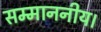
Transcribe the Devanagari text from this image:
सम्माननीय।